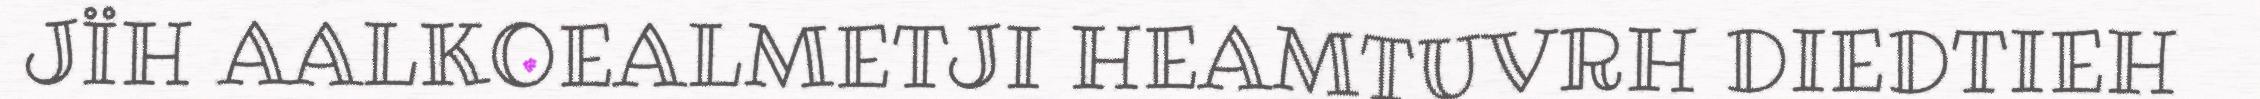
JÏH AALKOEALMETJI HEAMTUVRH DIEDTIEH